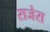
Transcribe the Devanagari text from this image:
राजेरा